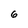
Character: 6